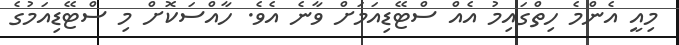
މިއީ އެންމެ ހިތްގައިމު އެއް ސްޓޭޑިއަމަށް ވާނެ އެވެ. ހާއްސަކޮށް މި ސްޓޭޑިއަމުގެ